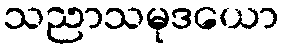
သညာသမုဒယော